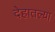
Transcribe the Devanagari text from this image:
देहातल्या